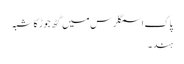
پاک اسمگلرس میں گٹھ جوڑ کا شبہ
ہند ۔